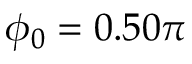
\phi _ { 0 } = 0 . 5 0 \pi